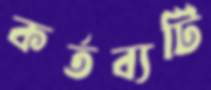
কর্তব্যটি